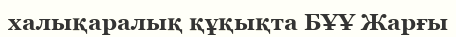
халықаралық құқықта БҰҰ Жарғы